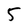
Character: 5